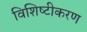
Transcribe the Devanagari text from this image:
विशिष्‍टीकरण